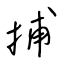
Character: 捕